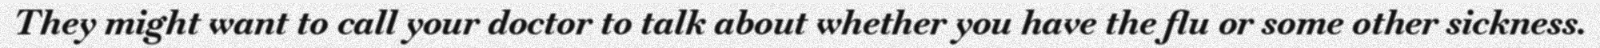
They might want to call your doctor to talk about whether you have the flu or some other sickness.